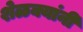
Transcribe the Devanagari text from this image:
शेळक्यांनी